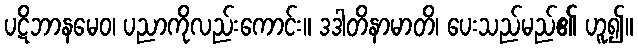
ပဋိဘာနမေဝ၊ ပညာကိုလည်းကောင်း။ ဒဒါတိနာမာတိ၊ ပေးသည်မည်၏ ဟူ၍။